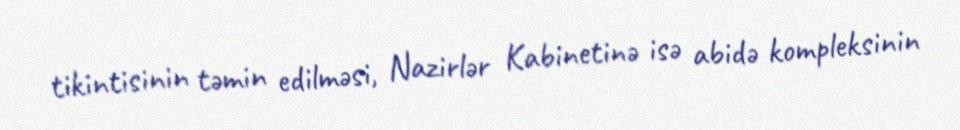
tikintisinin təmin edilməsi, Nazirlər Kabinetinə isə abidə kompleksinin